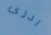
ادرى